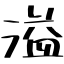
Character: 溢